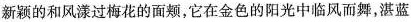
新颖的和风漾过梅花的面颊，它在金色的阳光中临风而舞，湛蓝